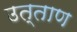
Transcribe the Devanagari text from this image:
उत्ताण